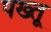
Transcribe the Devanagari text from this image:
पख्तू